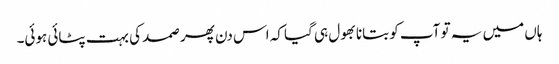
ہاں میں یہ تو آپ کو بتانا بھول ہی گیا کہ اس دن پھر صمد کی بہت پٹائی ہوئی۔